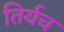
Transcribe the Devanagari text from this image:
तिर्यच